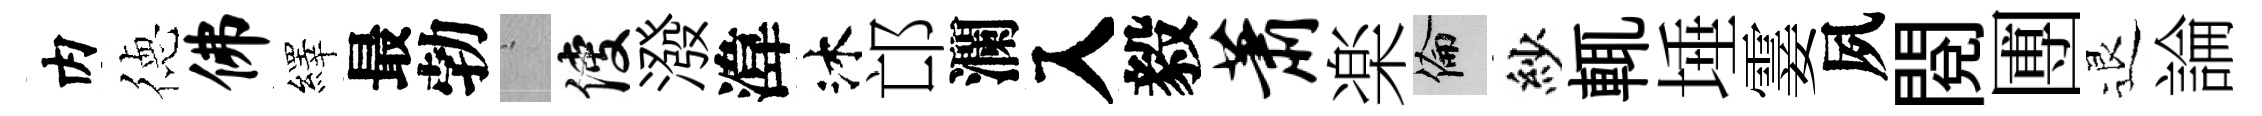
内徳佛繹最勃搖使潑湋沐邙瀾入毅萧楽倫紗輒埵霎夙閱圑退論